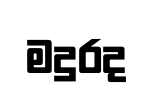
මදුරද